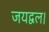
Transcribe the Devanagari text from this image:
जयद्वल।